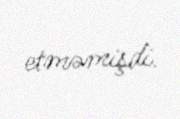
etməmişdi.